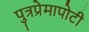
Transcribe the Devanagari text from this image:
पुत्रप्रेमापोटी